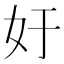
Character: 㚥